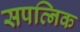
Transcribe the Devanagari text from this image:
सपत्निक